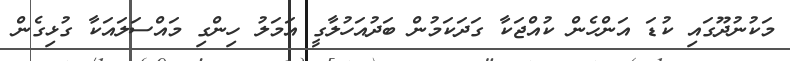
މަކުނުދޫގައި ކުޑަ އަންހެން ކުއްޖަކާ ގަދަކަމުން ބަދުއަހުލާގީ އަމަލު ހިންގި މައްސަލައަކާ ގުޅިގެން